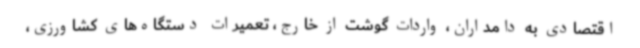
اقتصادی به دامداران، واردات گوشت از خارج، تعمیرات دستگاه‌های کشاورزی،